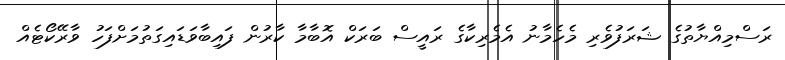
ރަސްމިއްޔާތުގެ ޝަރަފުވެރި މެހެމާނު އެމެރިކާގެ ރައީސް ބަރަކް އޮބާމާ ކާރުން ފައިބާވަޑައިގަތުމަށްފަހު ވާރޭކޯޓެއް